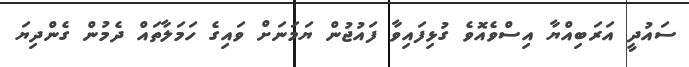
ސައުދީ އަރަބިއްޔާ އިސްވެއޮވެ ގުޅިފައިވާ ފައުޖުން ޔަމަނަށް ވައިގެ ހަމަލާތައް ދެމުން ގެންދިޔަ